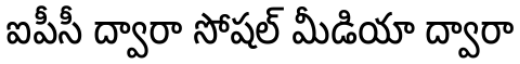
ఐపీసీ ద్వారా సోషల్ మీడియా ద్వారా